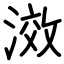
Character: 滧